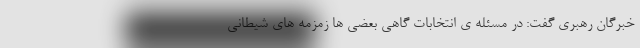
خبرگان رهبری گفت: در مسئله ی انتخابات گاهی بعضی ها زمزمه های شیطانی